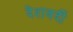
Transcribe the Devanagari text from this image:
देशवर्दी